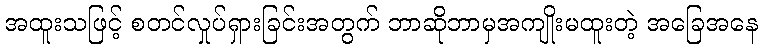
အထူးသဖြင့် စတင်လှုပ်ရှားခြင်းအတွက် ဘာဆိုဘာမှအကျိုးမထူးတဲ့ အခြေအနေ